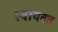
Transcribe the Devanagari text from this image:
स्वायतत